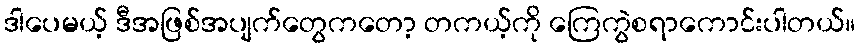
ဒါပေမယ့် ဒီအဖြစ်အပျက်တွေကတော့ တကယ့်ကို ကြေကွဲစရာကောင်းပါတယ်။